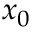
x _ { 0 }